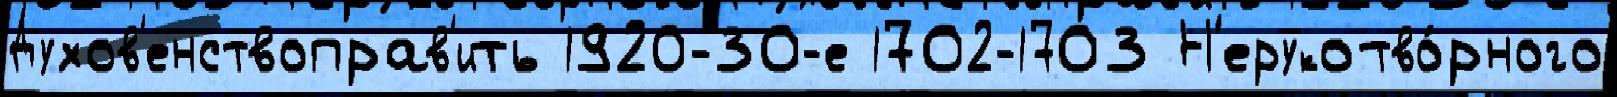
Духов'енствоправ'ить 1920-30-е 1702-1703 Н'ерукотво́рного